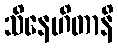
သိနေဟိတာနိ